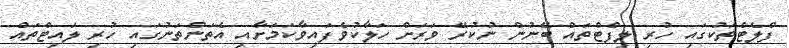
ފްލެޓްތަކުގައި ހުރި ލިފްޓްތައް ބޭނުން ނުކުރޭ ވަރަށް ހަލާކުވެފައިވާކަމަށާއި އެތަންތަނުގައި ހުރި ލައިޓްތައް